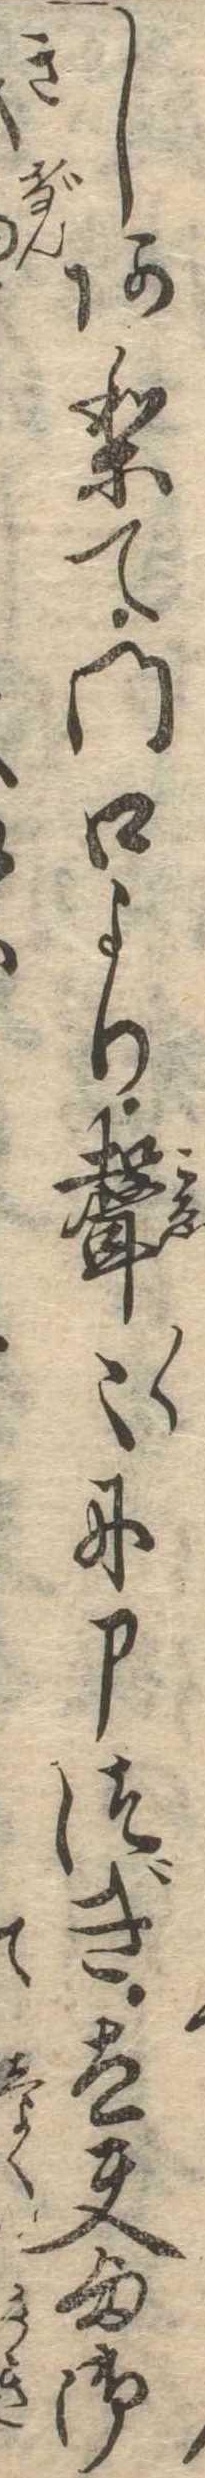
しありて門口より声〻に申つぎ太夫様御